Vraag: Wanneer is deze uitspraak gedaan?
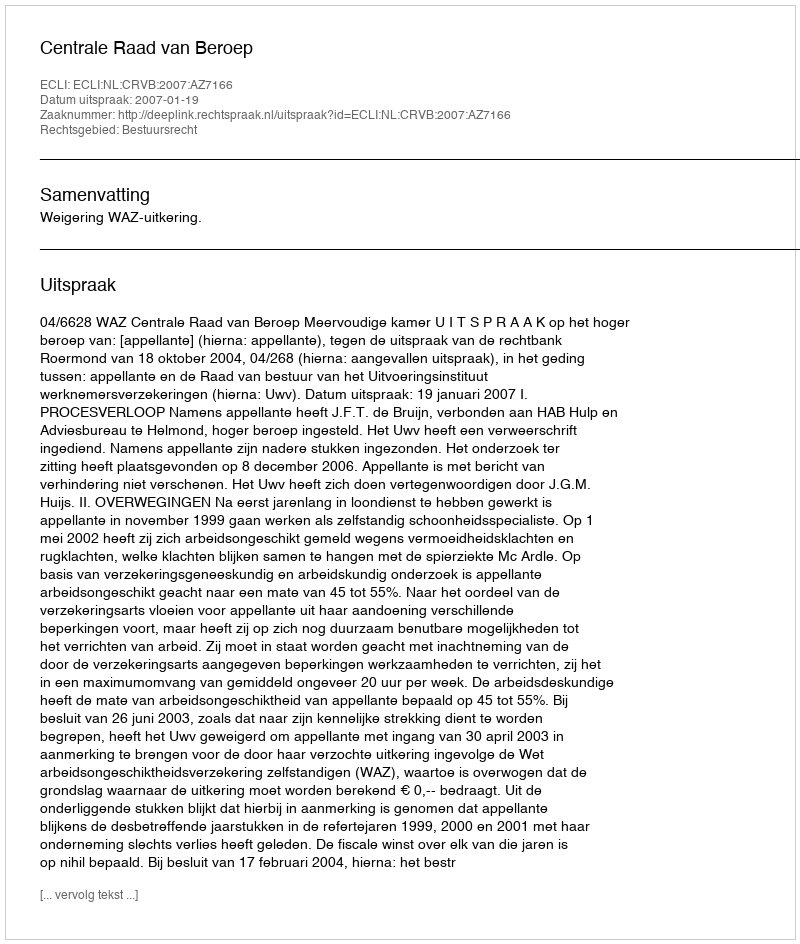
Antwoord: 2007-01-19